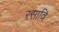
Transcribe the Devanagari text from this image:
रसावि